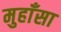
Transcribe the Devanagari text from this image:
मुहाँसा